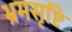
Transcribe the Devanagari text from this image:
भ्रमसृष्टि